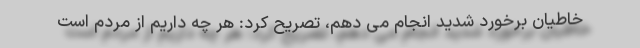
خاطیان برخورد شدید انجام می دهم، تصریح کرد: هر چه داریم از مردم است